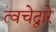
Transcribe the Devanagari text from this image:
त्वचेद्वारे